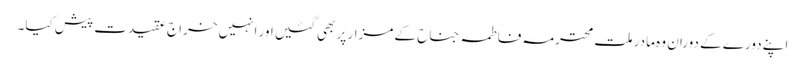
اپنے دورے کے دوران وہ مادر ملت محترمہ فاطمہ جناح کے مزار پر بھی گئیں اور انہیں خراج عقیدت پیش کیا۔